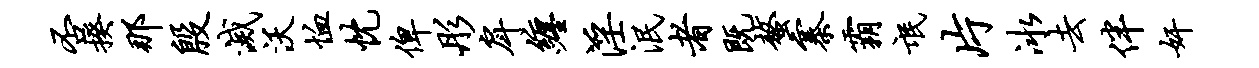
否揆那殷灭沃恤忱俾彤戽缠淫泯者既螯寨霸氓片冰去伴奸